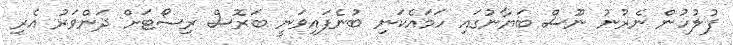
ފުލުހުން ނެރުނު ނޫސް ބަޔާނުގައި ހަމައެކަނި ބުނެފައިވަނީ ބަރޮސް ރިސޯޓަށް ދަންވަރު އެރި